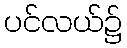
ပင်လယ်၌